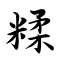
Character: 糅